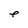
Character: e